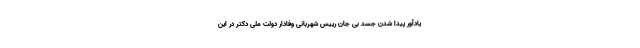
یادآور پیدا شدن جسد بی جان رییس شهربانی وفادار دولت ملی دکتر در این